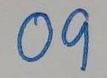
09